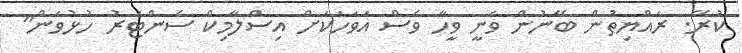
ކުރޭ. ރައްޔިތުން ބޭނުން ވަނީ ވީހާ ވެސް އަވަހަކަށް އިސްލާމިކް ސެންޓަރު ހުޅުވަން"